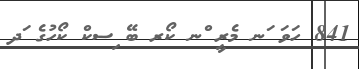
841 ހަވަ ަނ މެރީ ްނ ކޯރ ބޭ ިސކް ކޯހުގެ ަދ